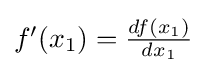
{\textstyle f'(x_{1})={\frac {df(x_{1})}{dx_{1}}}}